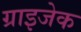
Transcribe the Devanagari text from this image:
ग्राइजेक